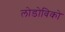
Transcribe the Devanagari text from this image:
लोडोविको